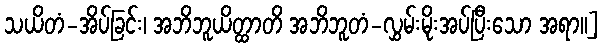
သယိတံ-အိပ်ခြင်း၊ အဘိဘူယိတ္ထာတိ အဘိဘူတံ-လွှမ်းမိုးအပ်ပြီးသော အရာ။]